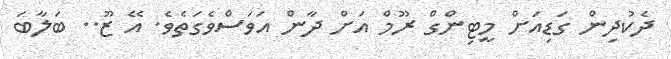
ދެކުދިން ގަޑިއަށް މީޓިންގް ރޫމް އަށް ދާން އަވަސްވެގަތެވެ. އޭ ޒޫ.. ބަލާބަ